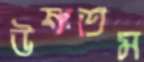
উষ্ণতম